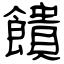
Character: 饋